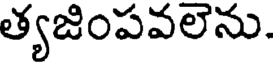
త్యజింపవలెను.